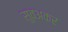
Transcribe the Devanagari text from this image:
सुवअकर